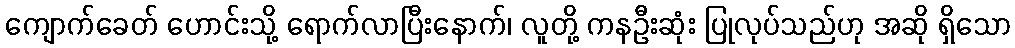
ကျောက်ခေတ် ဟောင်းသို့ ရောက်လာပြီးနောက်၊ လူတို့ ကနဦးဆုံး ပြုလုပ်သည်ဟု အဆို ရှိသော